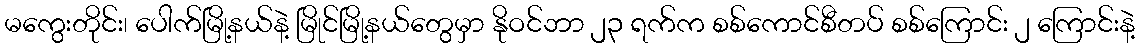
မကွေးတိုင်း၊ ပေါက်မြို့နယ်နဲ့ မြိုင်မြို့နယ်တွေမှာ နိုဝင်ဘာ ၂၃ ရက်က စစ်ကောင်စီတပ် စစ်ကြောင်း ၂ ကြောင်းနဲ့